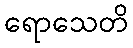
ရောသေတိ